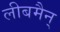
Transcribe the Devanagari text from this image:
लीबमैन्